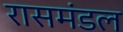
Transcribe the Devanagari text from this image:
रासमंडल